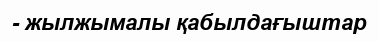
- жылжымалы қабылдағыштар